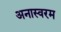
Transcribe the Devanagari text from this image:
अनास्वरम